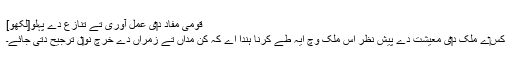
قومی مفاد د‏‏ی عمل آوری تے تنازع دے پہلو[لکھو]
کِس‏ے ملک د‏‏ی معیشت دے پیش نظر اس ملک وچ ایہ طے کرنا ہُندا اے کہ کن مداں تے زمراں دے خرچ نو‏‏ں ترجیح دتی جائے۔